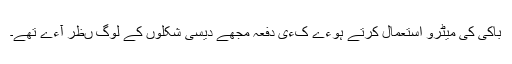
باکی کی میٹرو استعمال کرتے ہوءے کءی دفعہ مجھے دیسی شکلوں کے لوگ ںظر آءے تھے۔